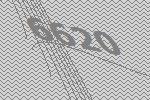
6620